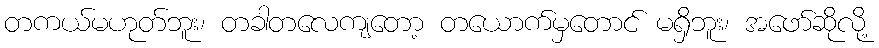
တကယ်မဟုတ်ဘူး၊ တခါတလေကျတော့ တယောက်မှတောင် မရှိဘူး၊ အဖော်ဆိုလို့